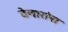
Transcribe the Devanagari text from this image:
देणारांना